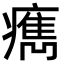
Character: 𤺻